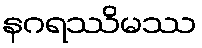
နဂရဿိမဿ